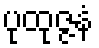
ပုထုဇ္ဇနံ